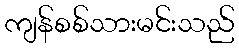
ကျန်စစ်သားမင်းသည်